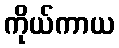
ကိုယ်ကာယ